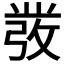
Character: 𭛁